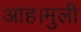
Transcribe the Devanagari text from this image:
आह।मुली